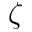
\zeta